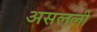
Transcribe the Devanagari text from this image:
असलली